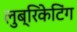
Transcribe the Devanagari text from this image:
लुब्रिकेटिंग